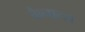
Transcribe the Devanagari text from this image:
कैनाल्स